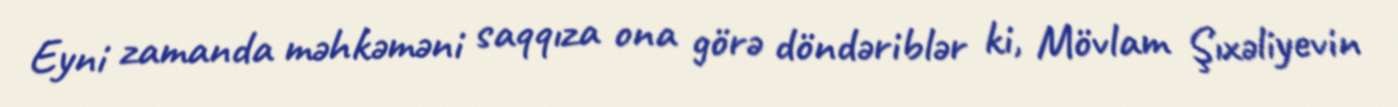
Eyni zamanda məhkəməni saqqıza ona görə döndəriblər ki, Mövlam Şıxəliyevin